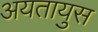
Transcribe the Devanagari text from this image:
अयतायुस